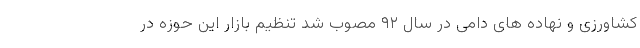
کشاورزی و نهاده های دامی در سال ۹۲ مصوب شد تنظیم بازار این حوزه در